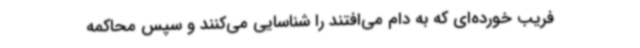
فریب خورده‌ای که به دام‌ می‌افتند را شناسایی می‌کنند و سپس محاکمه